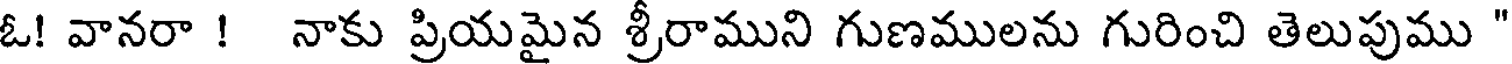
ఓ! వానరా ! నాకు ప్రియమైన శ్రీరాముని గుణములను గురించి తెలుపుము "